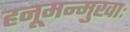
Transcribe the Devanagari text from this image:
हनूमन्मुखाः